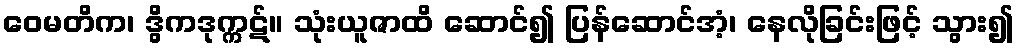
ဝေမတိက၊ ဒွိကဒုက္ကဋ်။ သုံးယူဇာထိ ဆောင်၍ ပြန်ဆောင်အံ့၊ နေလိုခြင်းဖြင့် သွား၍